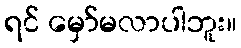
ရင် မှော်မလာပါဘူး။